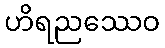
ဟိရညဿေဝ